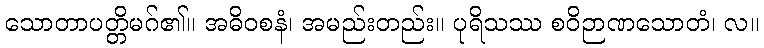
သောတာပတ္တိမဂ်၏။ အဓိဝစနံ၊ အမည်းတည်း။ ပုရိသဿ စဝိဉာဏသောတံ၊ လ။